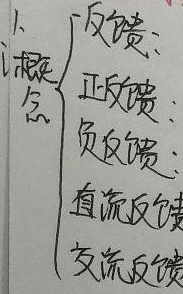
1、概念
\[
\begin{cases}
\text{反馈}: \\
\text{正反馈}: \\
\text{负反馈}: \\
\text{直流反馈}: \\
\text{交流反馈}:
\end{cases}
\]